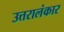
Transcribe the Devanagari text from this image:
उत्तरालंकार